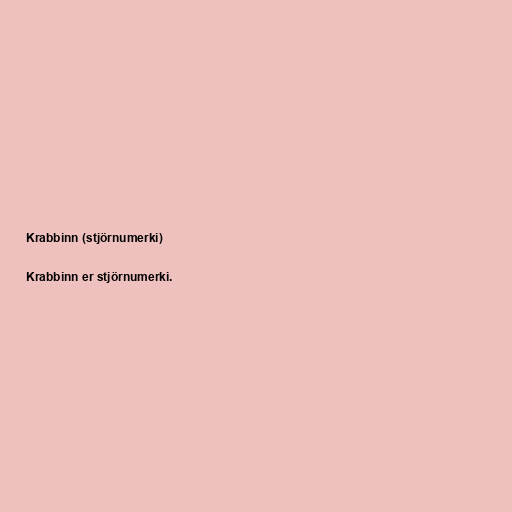
Krabbinn (stjörnumerki)

Krabbinn er stjörnumerki.